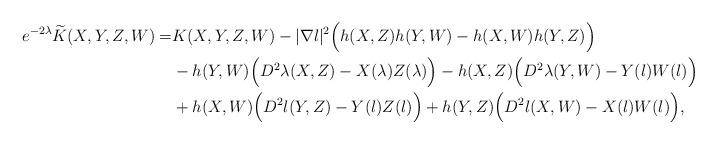
LaTeX: \begin{align*}e^{-2\lambda}\widetilde{K}(X,Y,Z,W)=&K(X,Y,Z,W)-|\nabla \l|^2\Big(h(X,Z)h(Y,W)-h(X,W)h(Y,Z)\Big)\\&-h(Y,W)\Big(D^2\lambda(X,Z)-X(\lambda)Z(\lambda)\Big)-h(X,Z)\Big(D^2\lambda(Y,W)-Y(\l)W(\l)\Big)\\&+h(X,W)\Big(D^2\l(Y,Z)-Y(\l)Z(\l)\Big)+h(Y,Z)\Big(D^2\l(X,W)-X(\l)W(\l)\Big),\end{align*}